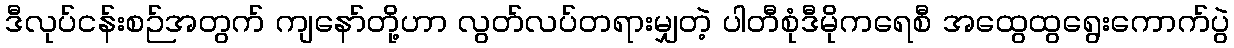
ဒီလုပ်ငန်းစဉ်အတွက် ကျနော်တို့ဟာ လွတ်လပ်တရားမျှတဲ့ ပါတီစုံဒီမိုကရေစီ အထွေထွရွေးကောက်ပွဲ